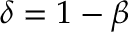
\delta = 1 - \beta